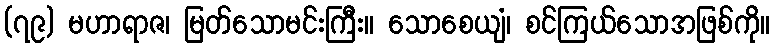
(၇၉) မဟာရာဇ၊ မြတ်သောမင်းကြီး။ သောစေယျံ၊ စင်ကြယ်သောအဖြစ်ကို။